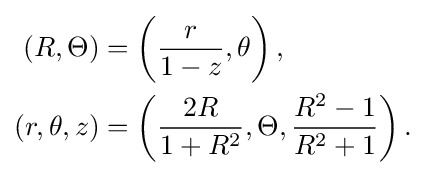
{\begin{aligned}(R,\Theta )&=\left({\frac {r}{1-z}},\theta \right),\\(r,\theta ,z)&=\left({\frac {2R}{1+R^{2}}},\Theta ,{\frac {R^{2}-1}{R^{2}+1}}\right).\end{aligned}}